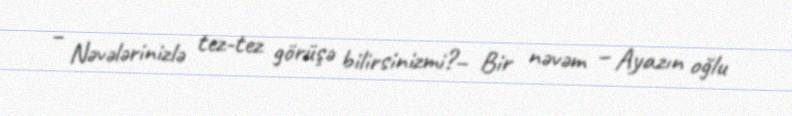
– Nəvələrinizlə tez-tez görüşə bilirsinizmi?– Bir nəvəm – Ayazın oğlu